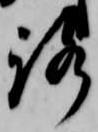
路